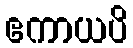
ဧကာယပိ